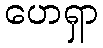
ဟေရှာ